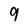
Character: 9